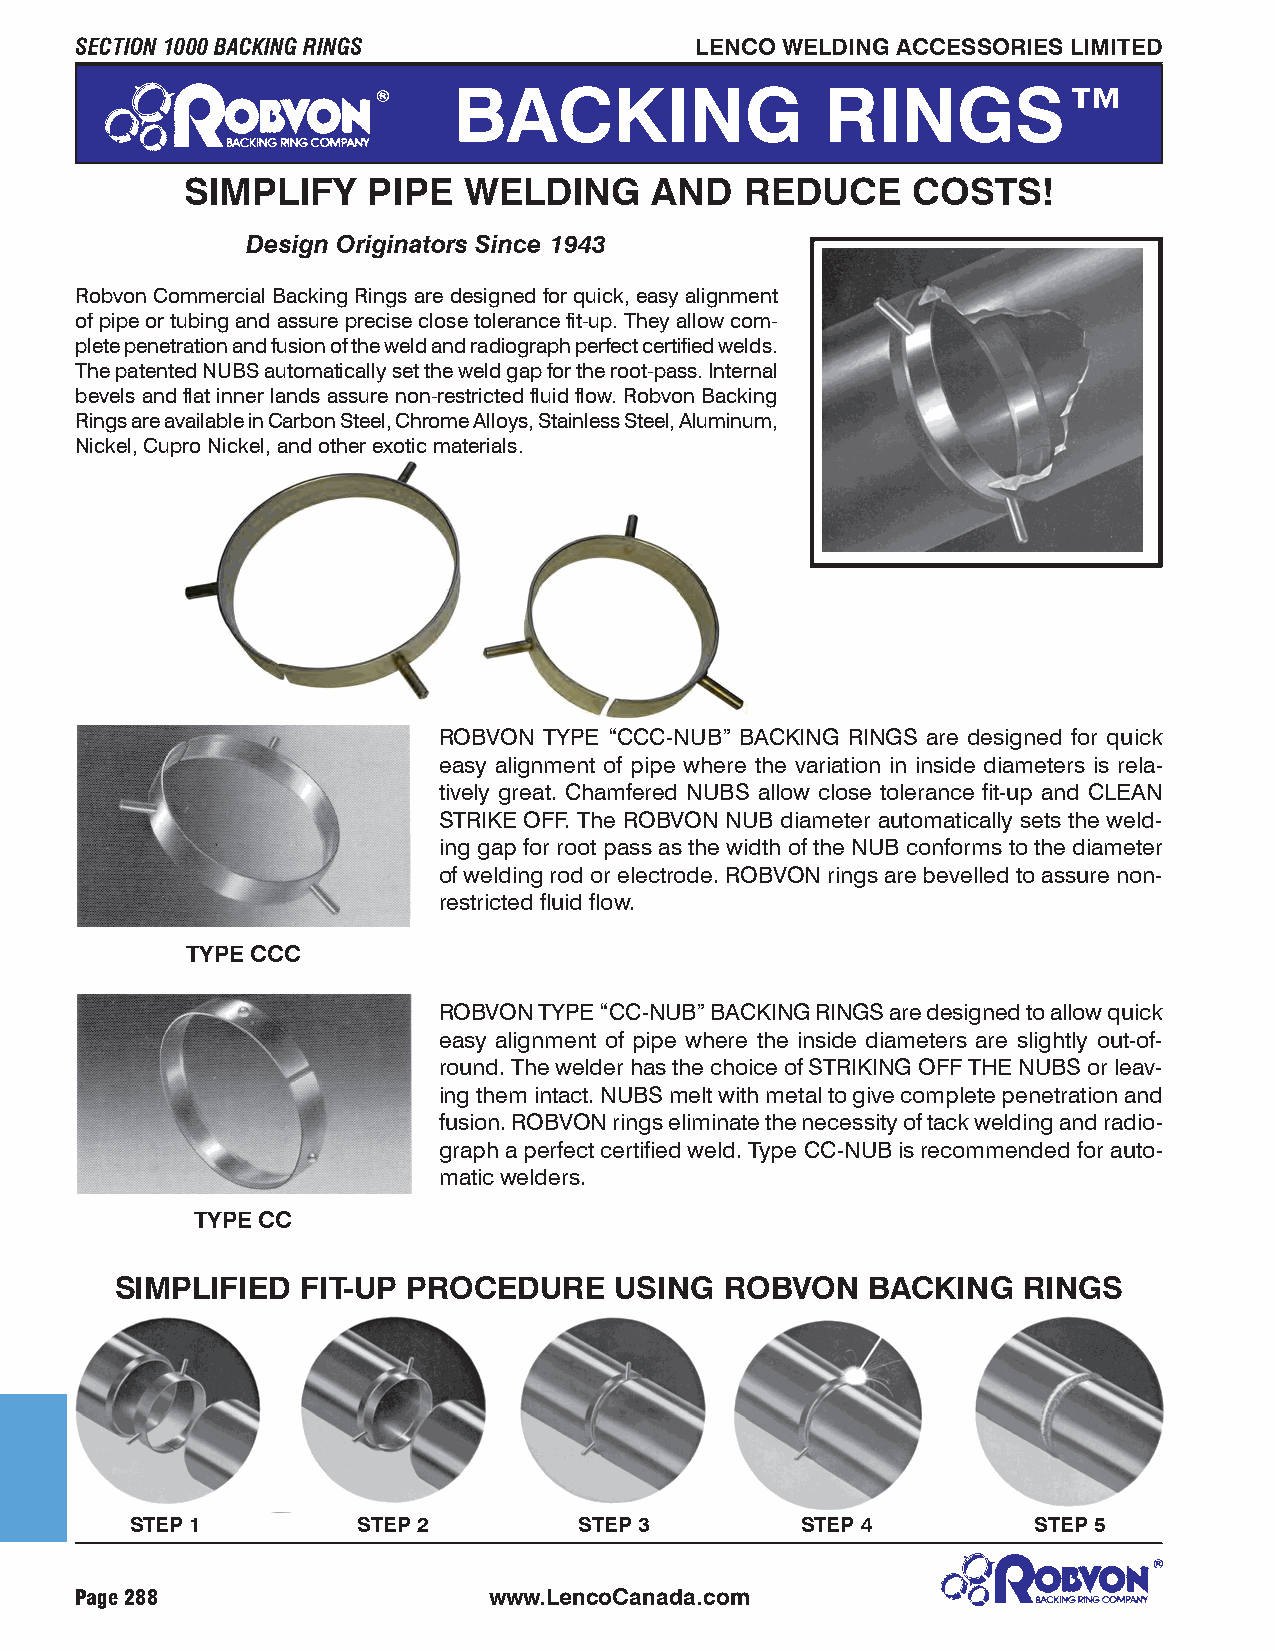
SECTION 1000 BACKING RINGS               LENCO WELDING ACCESSORIES LIMITED
 BACKING                  RINGS™
 SIMPLIFY    PIPE   WELDING     AND   REDUCE     COSTS!
 Design Originators Since 1943
 Robvon Commercial Backing Rings are designed for quick, easy alignment
 of pipe or tubing and assure precise close tolerance fit-up. They allow com-
 plete penetration and fusion of the weld and radiograph perfect certified welds.
 The patented NUBS automatically set the weld gap for the root-pass. Internal
 bevels and flat inner lands assure non-restricted fluid flow. Robvon Backing
 Rings are available in Carbon Steel, Chrome Alloys, Stainless Steel, Aluminum,
 Nickel, Cupro Nickel, and other exotic materials.
 ROBVON TYPE “CCC-NUB” BACKING RINGS are designed for quick
 easy alignment of pipe where the variation in inside diameters is rela-
 tively great. Chamfered NUBS allow close tolerance fit-up and CLEAN
 STRIKE OFF. The ROBVON NUB diameter automatically sets the weld-
 ing gap for root pass as the width of the NUB conforms to the diameter
 of welding rod or electrode. ROBVON rings are bevelled to assure non-
 restricted fluid flow.
 TYPE CCC
 ROBVON TYPE “CC-NUB” BACKING RINGS are designed to allow quick
 easy alignment of pipe where the inside diameters are slightly out-of-
 round. The welder has the choice of STRIKING OFF THE NUBS or leav-
 ing them intact. NUBS melt with metal to give complete penetration and
 fusion. ROBVON rings eliminate the necessity of tack welding and radio-
 graph a perfect certified weld. Type CC-NUB is recommended for auto-
 matic welders.
 TYPE CC
 SIMPLIFIED  FIT-UP PROCEDURE     USING  ROBVON    BACKING   RINGS
 STEP 1         STEP 2        STEP 3         STEP 4         STEP 5
 Page 288                   www.LencoCanada.com